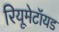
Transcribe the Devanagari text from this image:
रियूमेटॉयड